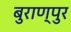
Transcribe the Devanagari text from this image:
बुराण्पुर